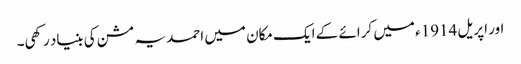
اور اپریل 1914ء میں کرائے کے ایک مکان میں احمدیہ مشن کی بنیاد رکھی۔